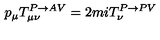
p _ { \mu } T _ { \mu \nu } ^ { P \rightarrow A V } = 2 m i T _ { \nu } ^ { P \rightarrow P V }